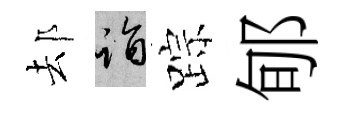
𨚫诣踪郇